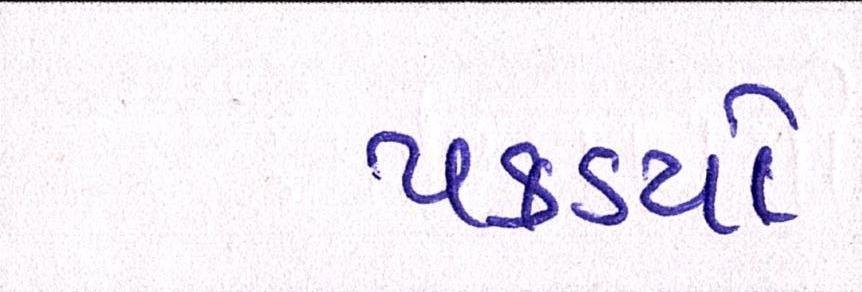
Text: પકડયો